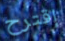
إقترح